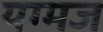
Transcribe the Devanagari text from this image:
यग्मज